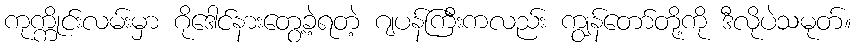
ကုက္ကိုင်းလမ်းမှာ ဂိုဒေါင်နားတွေ့ခဲ့ရတဲ့ ဂျပန်ကြီးကလည်း ကျွန်တော်တို့ကို ဒီလိုပဲသမုတ်။